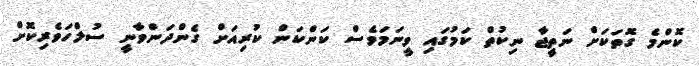
ކޮންމެ ގޮތަކަށް ނަތީޖާ ނިކުތް ކަމުގައި ވީނަމަވެސް ކަންކަން ކުރިއަށް ގެންދަންވާނީ ސުލްހަވެރިކޮށް